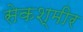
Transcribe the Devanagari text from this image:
सेकश्मीर